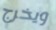
ويخرج